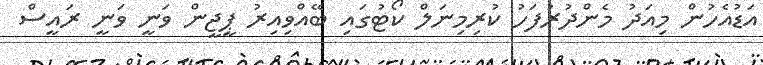
އަޑުއެހުން މިއަދު މެންދުރުފަހު ކުރިމިނަލް ކޯޓުގައި ބޭއްވިއިރު ޕީޖީން ވަނީ ވަނީ ރައީސް